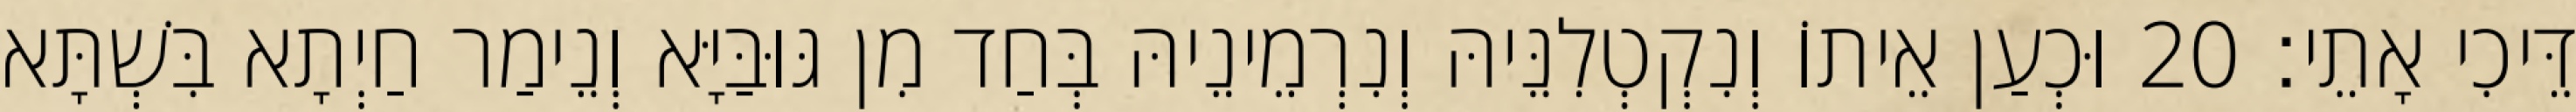
דֵּיכִי אָתֵי׃ 20 וּכְעַן אֵיתוֹ וְנִקְטְלִנֵּיהּ וְנִרְמֵינֵיהּ בְּחַד מִן גּוּבַּיָּא וְנֵימַר חַיְתָא בִּשְׁתָּא